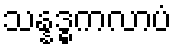
သန္နဒ္ဓကလာပံ